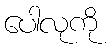
ပေါလုကို